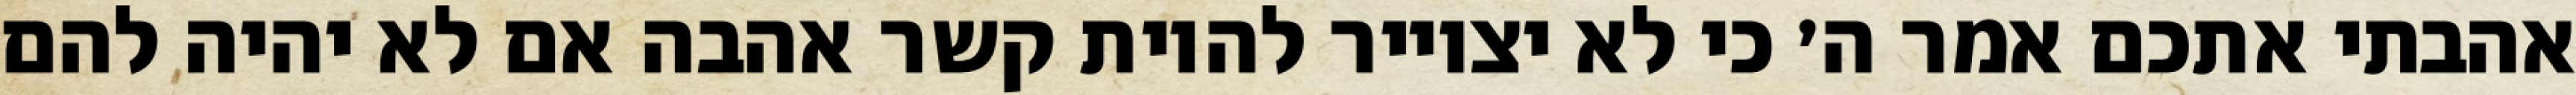
אהבתי אתכם אמר ה׳ כי לא יצוייר להיות קשר אהבה אם לא יהיה להם